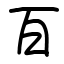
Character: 百